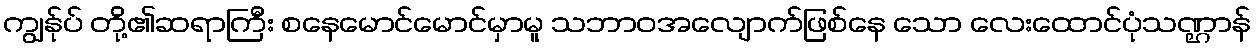
ကျွန်ုပ် တို့၏ဆရာကြီး စနေမောင်မောင်မှာမူ သဘာဝအလျောက်ဖြစ်နေ သော လေးထောင်ပုံသဏ္ဌာန်